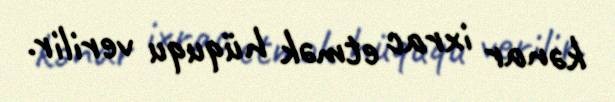
kənar ixrac etmək hüququ verilir.